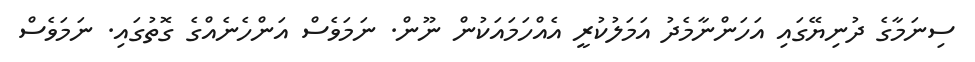
ސިނަމާގެ ދުނިޔޭގައި އަހަންނާމެދު އަމަލުކުރީ އެއްހަމައަކުން ނޫން. ނަމަވެސް އަންހެނެއްގެ ގޮތުގައި. ނަމަވެސް